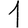
Digit: 1